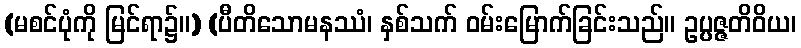
(မစင်ပုံကို မြင်ရာ၌။) (ပီတိသောမနဿံ၊ နှစ်သက် ဝမ်းမြောက်ခြင်းသည်။ ဥပ္ပဇ္ဇတိဝိယ၊